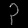
Digit: ၃